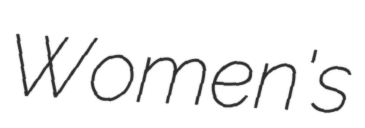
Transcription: Women's